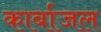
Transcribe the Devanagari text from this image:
कार्बाजल